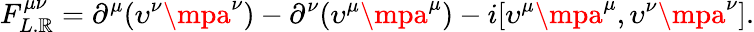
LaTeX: F_{L.\mathbb{R}}^{\mu\nu}=\partial^{\mu}(\upsilon^{\nu}\mpa^{\nu})-\partial^{\nu}(\upsilon^{\mu}\mpa^{\mu})-i[\upsilon^{\mu}\mpa^{\mu},\upsilon^{\nu}\mpa^{\nu}].